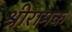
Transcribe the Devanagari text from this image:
श्रीरामक